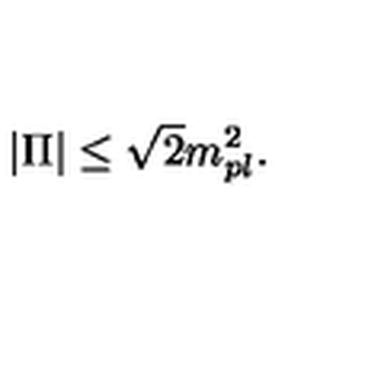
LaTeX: | \Pi | \leq \sqrt { 2 } m _ { p l } ^ { 2 } .